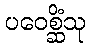
ပဝေစ္ဆိံသု